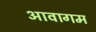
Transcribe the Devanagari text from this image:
आवागम